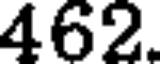
462.